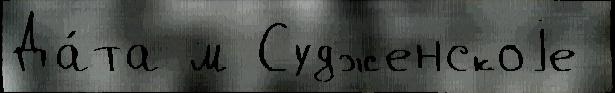
Да́та м Судженскоjе